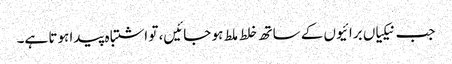
جب نیکیاں برائیوں کے ساتھ خلط ملط ہو جائیں، تو اشتباہ پیدا ہوتا ہے۔